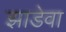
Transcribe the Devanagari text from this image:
झाडेवा